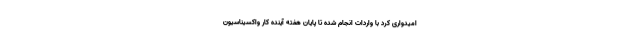
امیدواری کرد با واردات انجام شده تا پایان هفته آینده کار واکسیناسیون